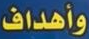
وأهداف